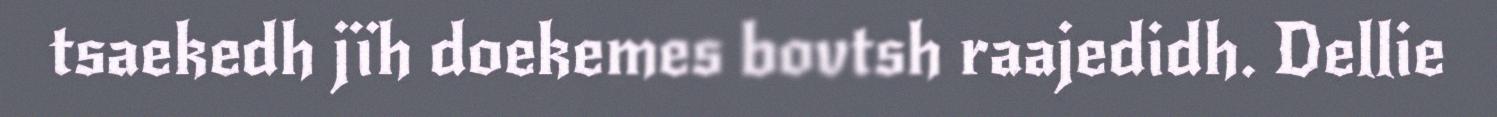
tsaekedh jïh doekemes bovtsh raajedidh. Dellie